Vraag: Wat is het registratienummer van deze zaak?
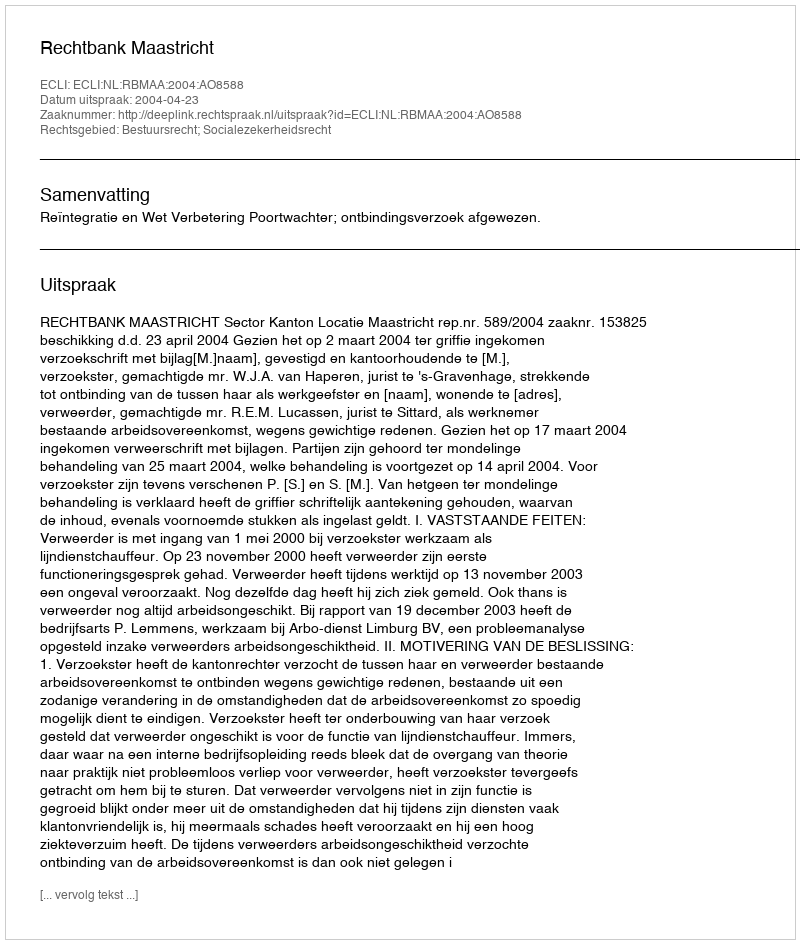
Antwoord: http://deeplink.rechtspraak.nl/uitspraak?id=ECLI:NL:RBMAA:2004:AO8588